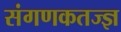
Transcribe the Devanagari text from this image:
संगणकतज्‍ज्ञ